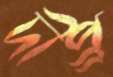
দীপ্র্র